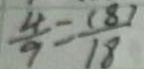
\frac { 4 } { 9 } = \frac { ( 8 ) } { 1 8 }